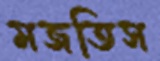
মজতিস